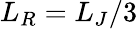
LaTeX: L_{R}=L_{J}/3